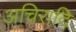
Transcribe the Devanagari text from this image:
अचिरादि